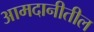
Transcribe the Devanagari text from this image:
आमदानीतील